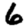
Digit: 6